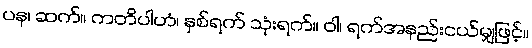
ပန၊ ဆက်။ ကတိပါဟံ၊ နှစ်ရက် သုံးရက်။ ဝါ၊ ရက်အနည်းငယ်မျှဖြင့်။